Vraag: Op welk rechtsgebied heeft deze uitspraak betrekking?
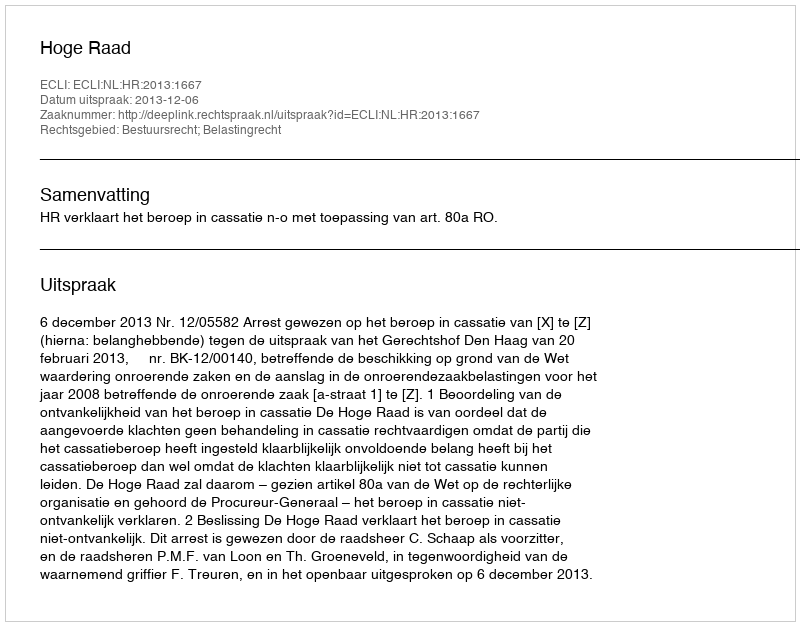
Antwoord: Bestuursrecht; Belastingrecht